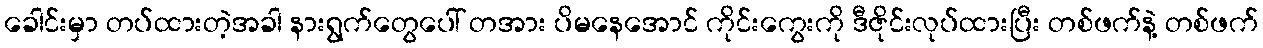
ခေါင်းမှာ တပ်ထားတဲ့အခါ နားရွက်တွေပေါ် တအား ပိမနေအောင် ကိုင်းကွေးကို ဒီဇိုင်းလုပ်ထားပြီး တစ်ဖက်နဲ့ တစ်ဖက်